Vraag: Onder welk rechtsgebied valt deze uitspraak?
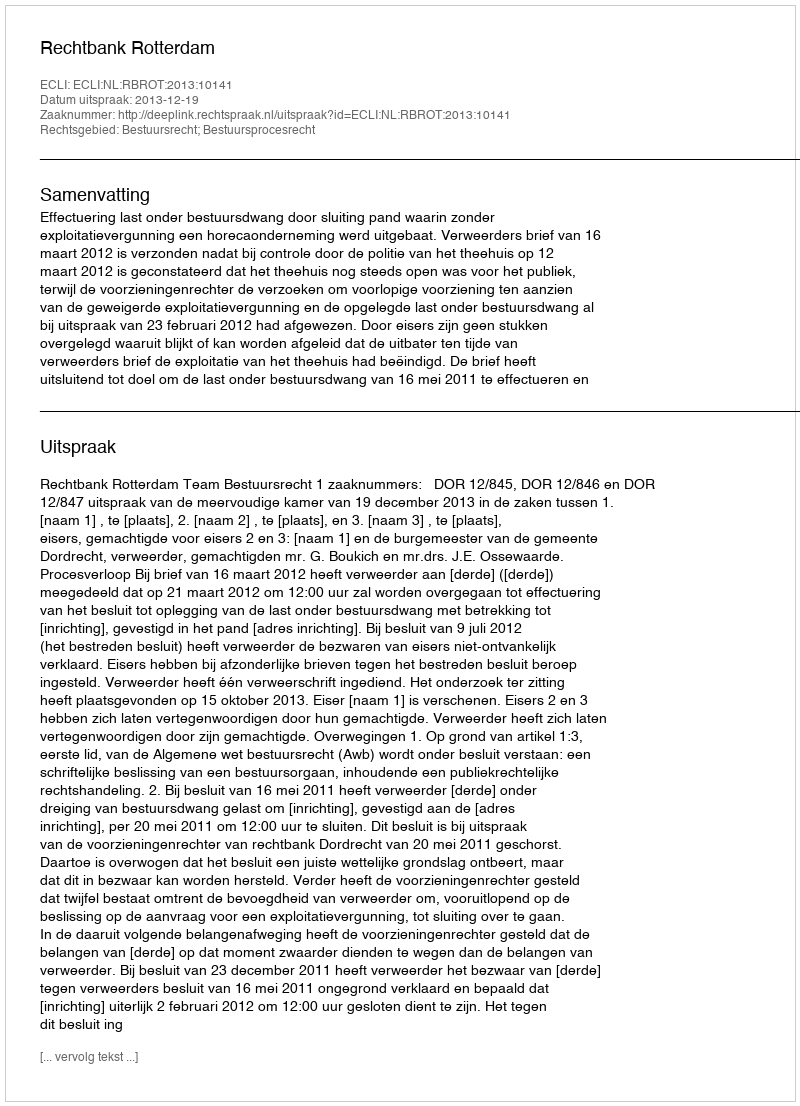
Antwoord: Bestuursrecht; Bestuursprocesrecht